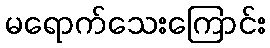
မရောက်သေးကြောင်း